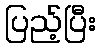
ပြည့်ပြီး